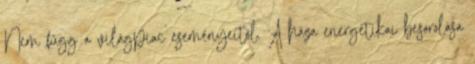
Nem függ a világpiac eseményeitől. A háza energetikai besorolása